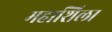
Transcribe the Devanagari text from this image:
महाशिला